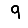
Digit: 9